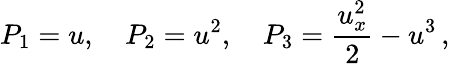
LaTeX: P_{1}=u,\quad P_{2}=u^{2},\quad P_{3}=\frac{u_{x}^{2}}{2}-u^{3}\, ,